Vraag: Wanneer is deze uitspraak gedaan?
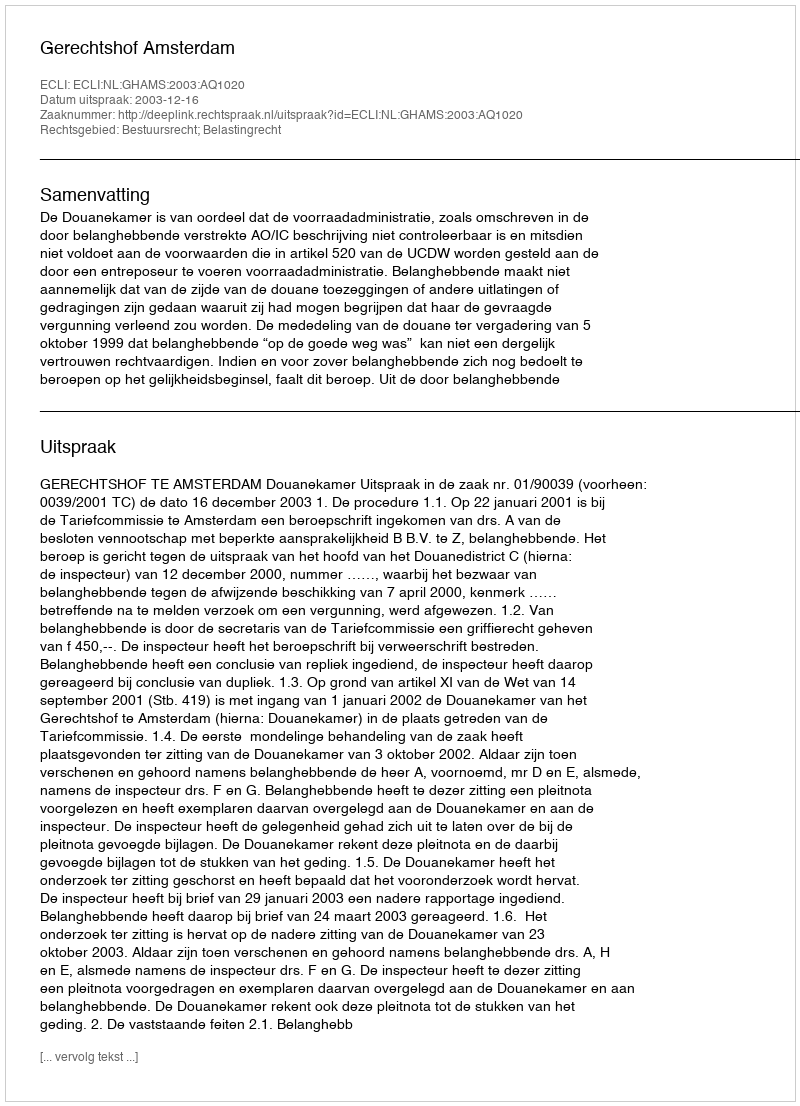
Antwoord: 2003-12-16